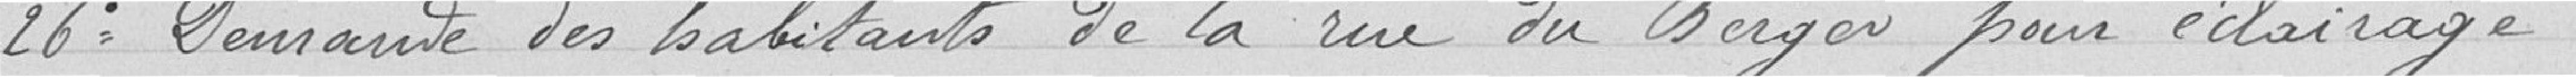
26° Demande des habitants de la rue du Berger pour éclairage.